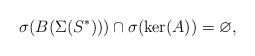
LaTeX: \begin{align*} \sigma(B(\Sigma(S^*))) \cap \sigma(\ker(A)) = \varnothing , \end{align*}